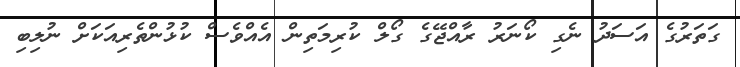
ގަތަރުގެ އަސަދު ނެގި ކޯނަރު ރާއްޖޭގެ ގޯލް ކުރިމަތިން އެއްވެސް ކުޅުންތެރިއަކަށް ނުލިބި